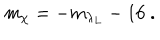
m _ { \chi } = - m _ { \lambda _ { L } } - 1 6 ~ .